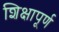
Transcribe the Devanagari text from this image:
शिक्षापूर्ण